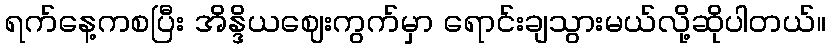
ရက်နေ့ကစပြီး အိန္ဒိယဈေးကွက်မှာ ရောင်းချသွားမယ်လို့ဆိုပါတယ်။